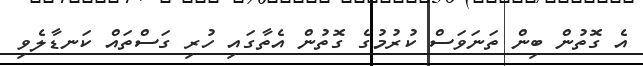
އެ ގޮތުން ބިން ތަނަވަސް ކުރުމުގެ ގޮތުން އެތާގައި ހުރި ގަސްތައް ކަނޑާލެވި